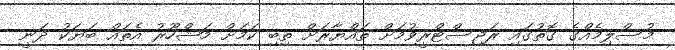
މުސްލިމެއްގެ ގޮތުގައި ރަޖިސްޓްރީވުމަށް ތައްޔާރަށް ތިބި ކަމަށް މަޝްހޫރު އެތައް ބަޔަކު ދަނީ